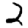
Digit: 2